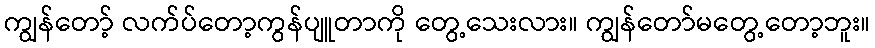
ကျွန်တော့် လက်ပ်တော့ကွန်ပျူတာကို တွေ့သေးလား။ ကျွန်တော်မတွေ့တော့ဘူး။